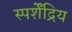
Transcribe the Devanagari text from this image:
स्पर्शेंद्रिय